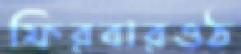
ফিরবারওঠ